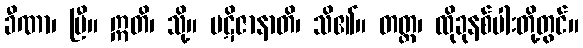
ခီဏာ၊ ပြီ။ ဣတိ၊ သို့။ ပဋိဇာနာတိ၊ သိ၏။ တတ္ထ၊ ထိုခုနစ်ပါးတို့တွင်။